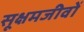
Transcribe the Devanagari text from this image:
सूक्षमजीवों